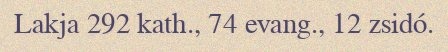
Lakja 292 kath., 74 evang., 12 zsidó.